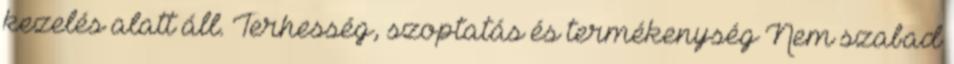
kezelés alatt áll. Terhesség, szoptatás és termékenység Nem szabad